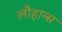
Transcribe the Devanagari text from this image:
लौहान्स